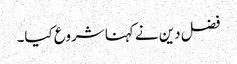
فضل دین نے کہنا شروع کیا۔